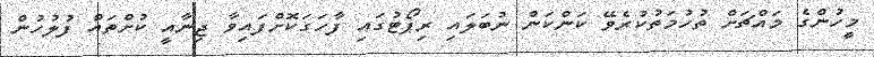
މީހުންގެ މައްޗަށް ތުހުމަތުކުރެވޭ ކަންކަން ނުބަލައި ރިޕޯޓުގައި ފާހަގަކޮށްފައިވާ ޖިނާއީ ކުށްތައް ފުލުހުން